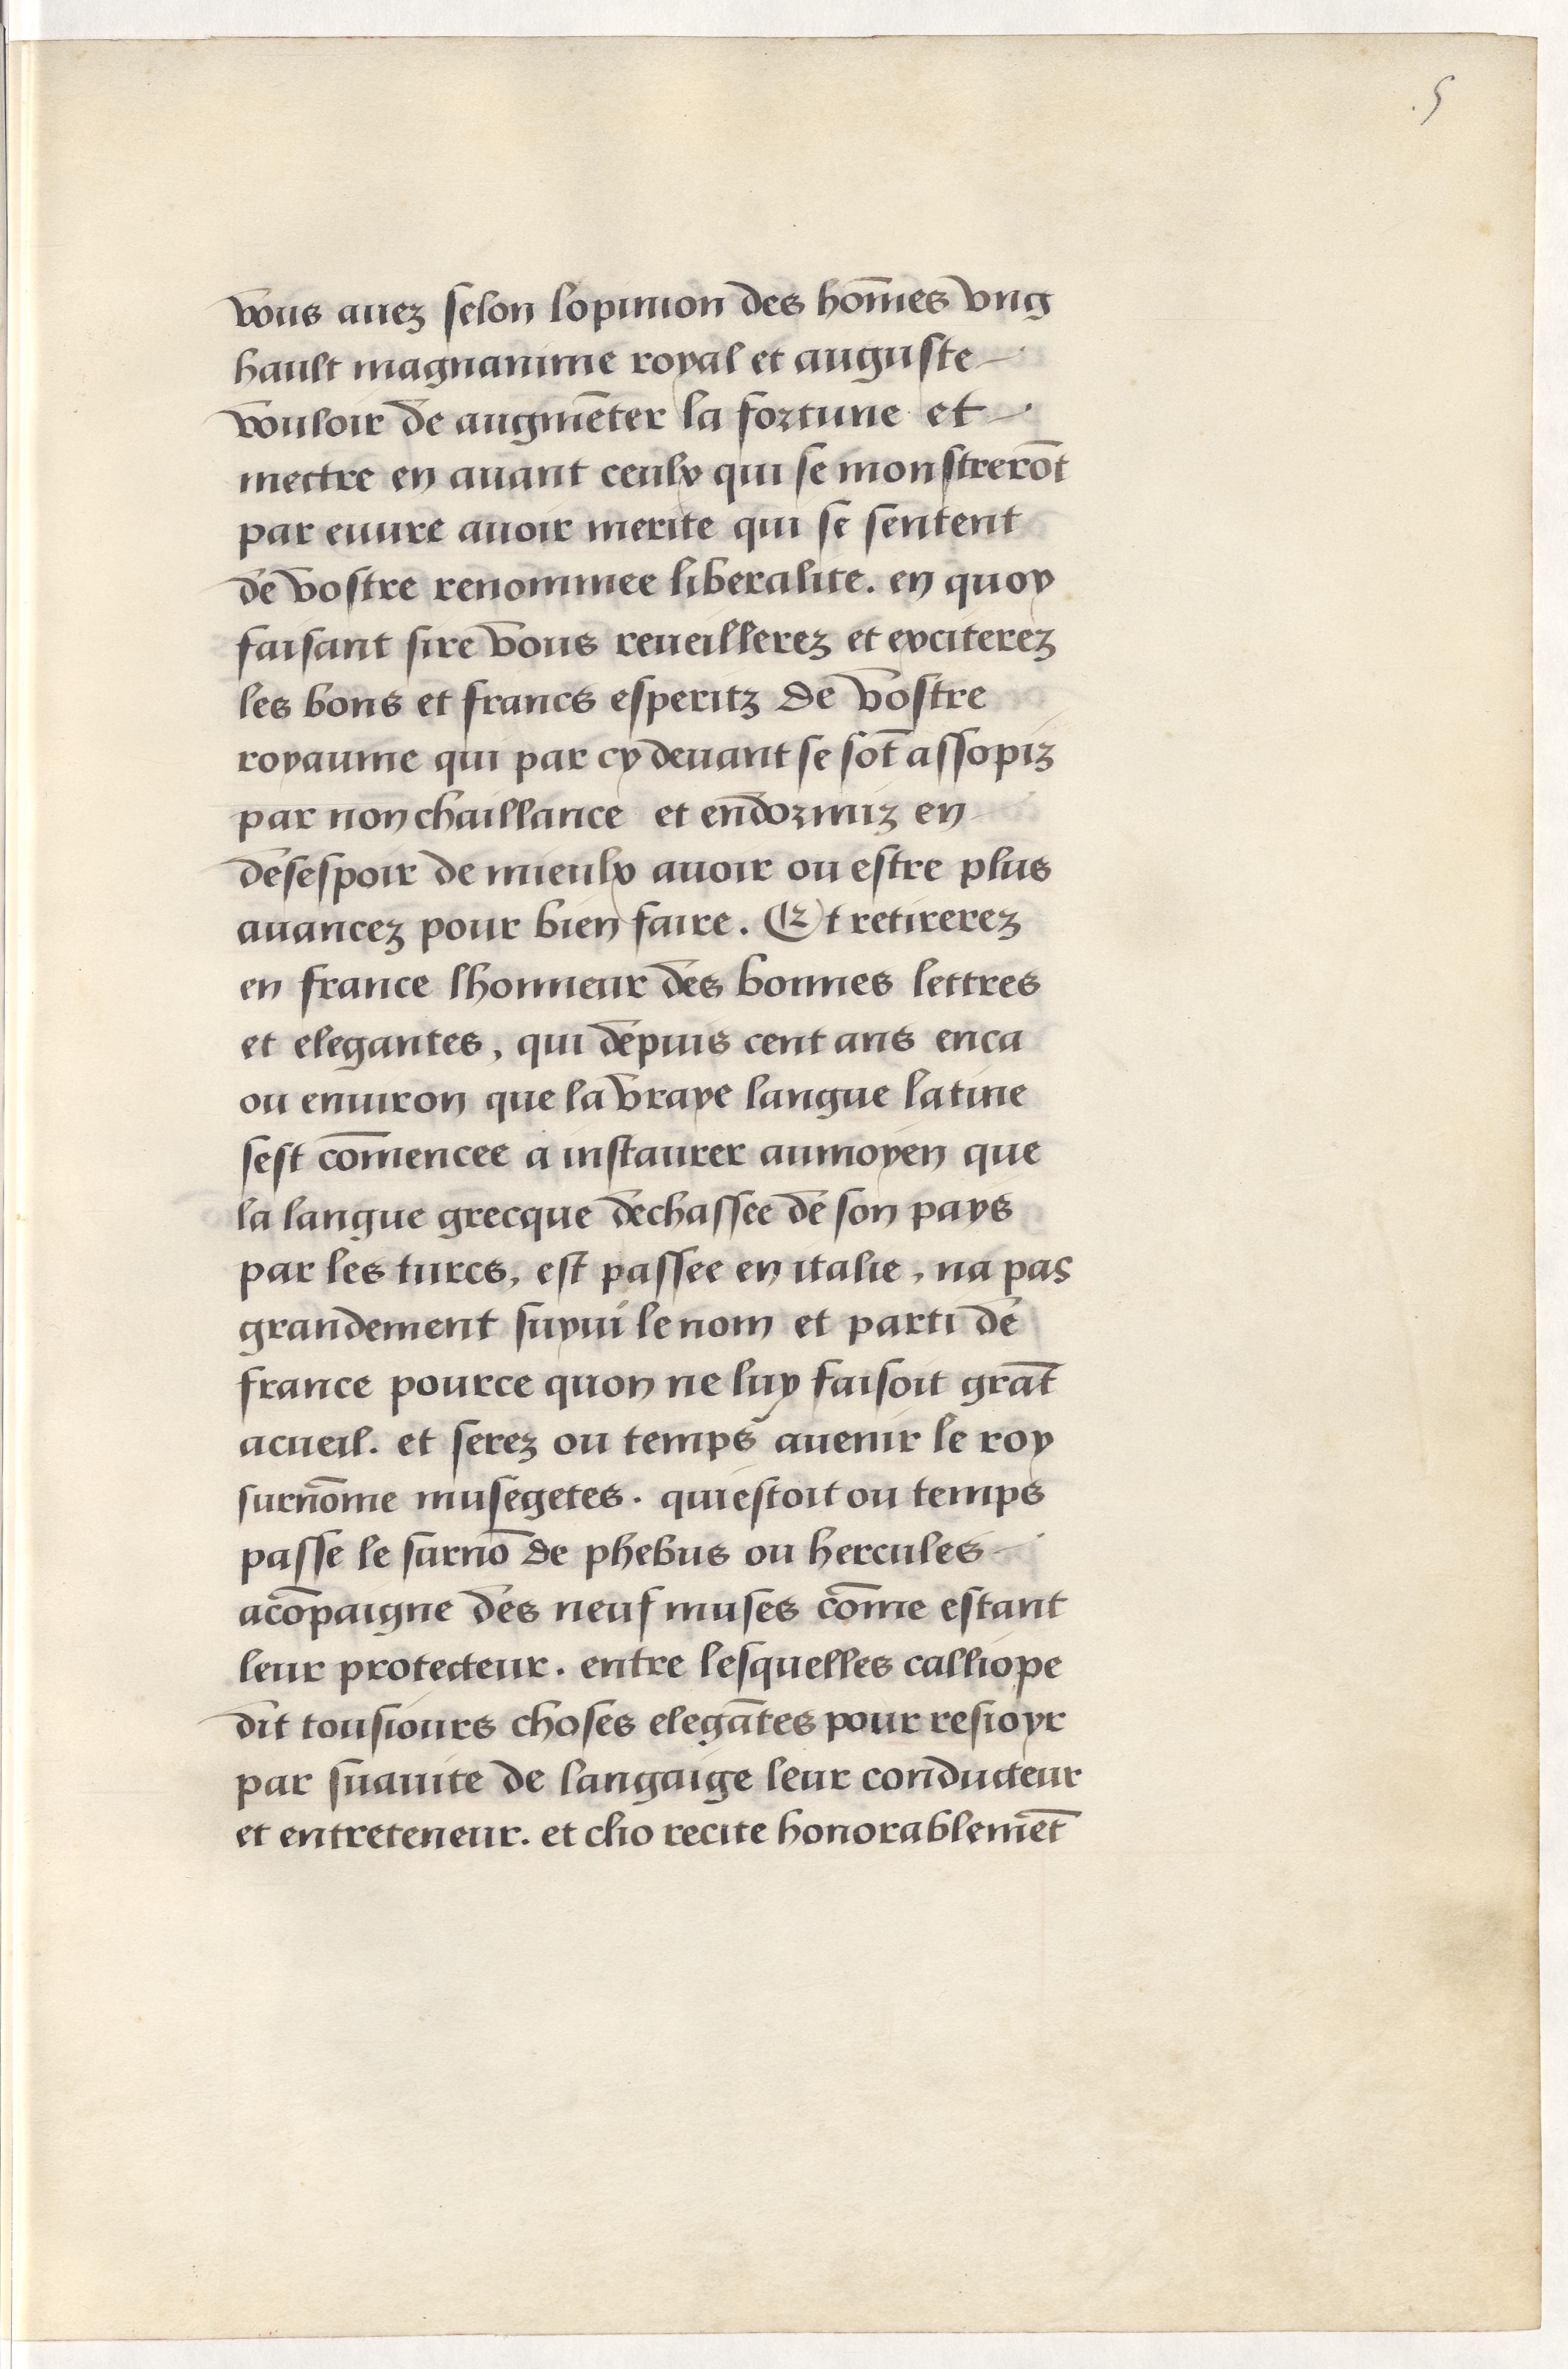
Shelfmark: Paris, BnF, Arsenal, 5103
Century: 15